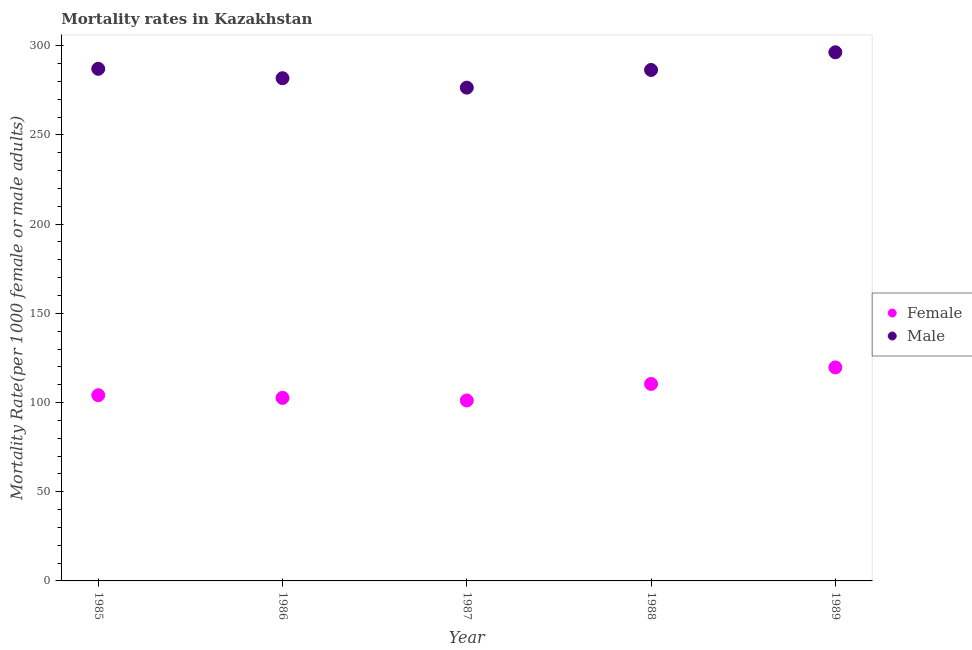
| Year | Female | Male |
 | --- | --- | --- |
 | 1985 | 104 | 287 |
 | 1986 | 103 | 282 |
 | 1987 | 101 | 277 |
 | 1988 | 110 | 286 |
 | 1989 | 120 | 296 |